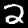
Label: 2